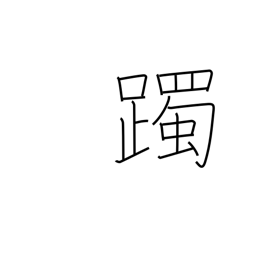
Meaning: tap with the feet